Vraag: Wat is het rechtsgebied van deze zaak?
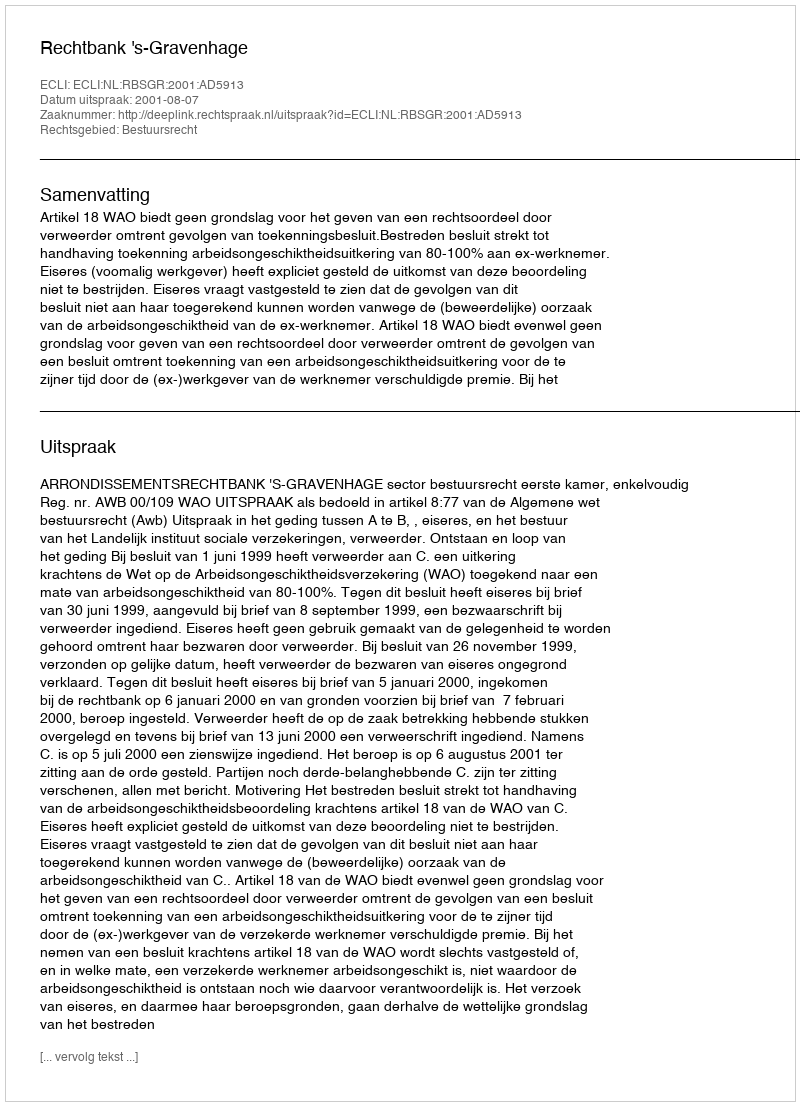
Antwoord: Bestuursrecht